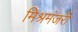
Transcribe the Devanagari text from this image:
मिश्रमंजरी